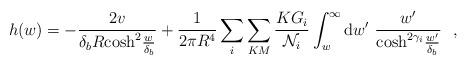
LaTeX: \begin{align*}h(w)=-\frac{2v}{\delta_b R{\rm cosh}^2\frac{w}{\delta_b}}+\frac{1}{2\pi R^4}\sum_i\sum_{KM}\frac{KG_i}{{\cal N}_i}\int_w^{\infty}{\rm d}w'~\frac{w'}{{\rm cosh}^{2\gamma_i}\frac{w'}{\delta_b}}~~,\end{align*}